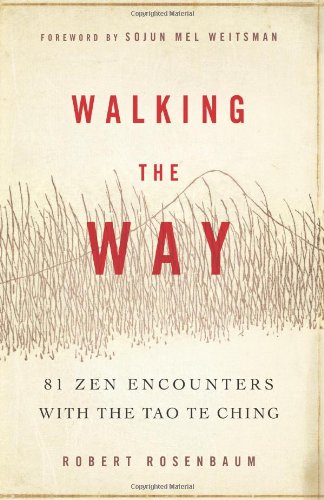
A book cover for Walking the Way: 81 Zen Encounters with the Tao Te Ching; Robert Rosenbaum; Religion & Spirituality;